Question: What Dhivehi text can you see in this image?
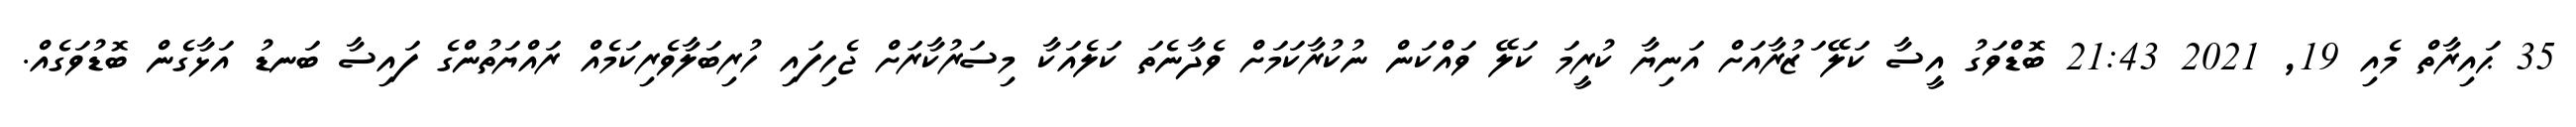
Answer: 35 ޙައިރާތް މެއި 19, 2021 21:43 ބޮޑްވަގު އީސާ ކަލޭ ަޒުރާއަށް އަނިޔާ ކުރީމަ ކަލޭ ވައްކަން ނުކުރާކަމަށް ވެދާނެތަ ކަލެއަކާ މިސަރުކާރަށް ޖެހިފައި ހުރިބަލާވެރިކަމެއް ރައްޔަތުންގެ ފައިސާ ބަނޑު އަޅާގެން ބޮޑުވަގެއް.